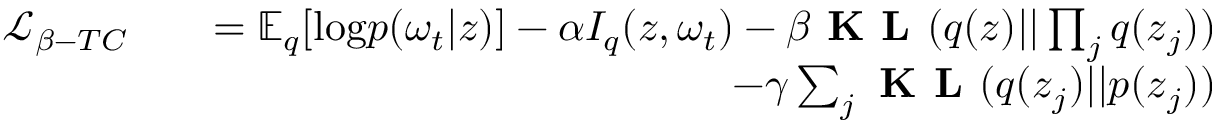
\begin{array} { r l r } { \mathcal { L } _ { \beta - T C } } & { } & { = \mathbb { E } _ { q } [ \mathrm { l o g } p ( \omega _ { t } | \boldsymbol { z } ) ] - \alpha I _ { q } ( \boldsymbol { z } , \omega _ { t } ) - \beta \textbf { K L } ( q ( \boldsymbol { z } ) | | \prod _ { j } q ( \boldsymbol { z } _ { j } ) ) } \\ & { } & { - \gamma \sum _ { j } \textbf { K L } ( q ( \boldsymbol { z } _ { j } ) | | p ( \boldsymbol { z } _ { j } ) ) } \end{array}